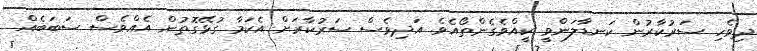
ދިވެހި ސަރުކާރުން ކަނޑާލަންވީ ކީއްވެގެންތޯއެވެ. އަދިވެސް ސަރުކާރަށް އެކަމާ ގުޅޭގޮތުން އެއްވެސް ސަބަބެއް